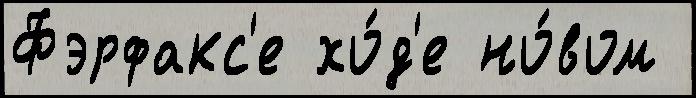
Фэрфакс'е хо́д'е но́вом